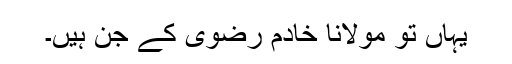
یہاں تو مولانا خادم رضوی کے جن ہیں۔